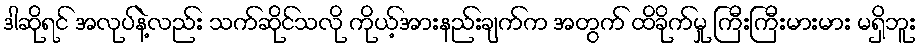
ဒါဆိုရင် အလုပ်နဲ့လည်း သက်ဆိုင်သလို ကိုယ့်အားနည်းချက်က အတွက် ထိခိုက်မှု ကြီးကြီးမားမား မရှိဘူး